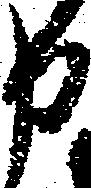
申